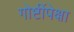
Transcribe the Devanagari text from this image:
गोष्टींपेक्षा